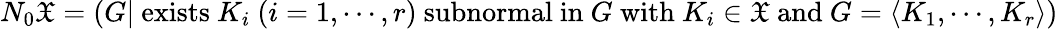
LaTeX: N_{0}{\mathfrak{X}}=(G|{\mathrm{~exists~}}K_{i}\ (i=1,\cdots,r){\mathrm{~subnormal~in~}}G{\mathrm{~with~}}K_{i}\in{\mathfrak{X}}{\mathrm{~and~}}G=\langle K_{1},\cdots,K_{r}\rangle)